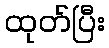
ထုတ်ပြီး